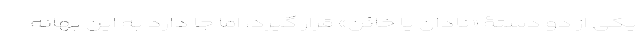
یکی از دو دستۀ «نادان یا خائن» قرار گیرد، اما جا دارد به این بهانه